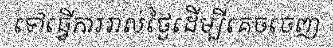
ទៅធ្វើការរាល់ថ្ងៃដើម្បីគេចចេញ